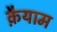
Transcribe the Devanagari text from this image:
क़ैयाम